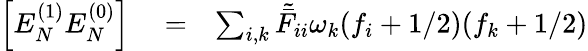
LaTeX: \begin{array}{rlr}{\left[E_{N}^{(1)}E_{N}^{(0)}\right]}&{{}=}&{\sum_{i,k}\tilde{\bar{F}}_{ii}\omega_{k}(f_{i}+1/2)(f_{k}+1/2)}\end{array}